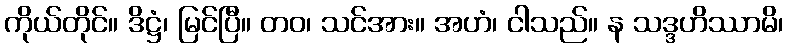
ကိုယ်တိုင်။ ဒိဋ္ဌံ၊ မြင်ပြီ။ တဝ၊ သင်အား။ အဟံ၊ ငါသည်။ န သဒ္ဒဟိဿာမိ၊